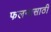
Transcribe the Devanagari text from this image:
फलनासाठी